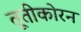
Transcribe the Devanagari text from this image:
तूतीकोरन